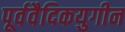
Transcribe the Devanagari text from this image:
पूर्ववैदिकयुगीन